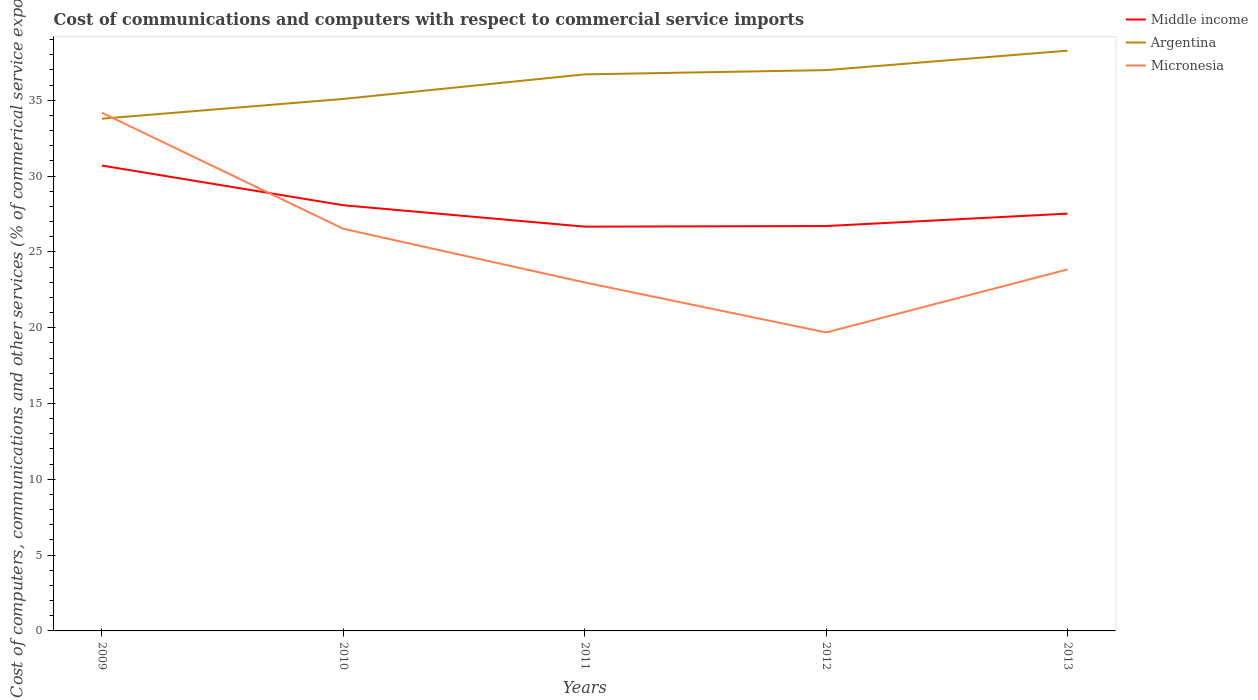
| Years | Middle income | Argentina | Micronesia |
 | --- | --- | --- | --- |
 | 2009 | 30.7 | 33.8 | 34.2 |
 | 2010 | 28.1 | 35.1 | 26.5 |
 | 2011 | 26.7 | 36.7 | 23 |
 | 2012 | 26.7 | 37 | 19.7 |
 | 2013 | 27.5 | 38.3 | 23.8 |